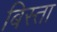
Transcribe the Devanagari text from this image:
बिस्ता